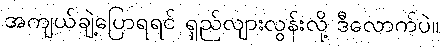
အကျယ်ချဲ့ပြောရရင် ရှည်လျားလွန်းလို့ ဒီလောက်ပဲ။